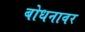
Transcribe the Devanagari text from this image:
बोधनावर